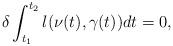
LaTeX: \begin{align*}\delta\int_{t_1}^{t_2}l(\nu(t),\gamma(t))dt=0,\end{align*}